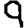
Digit: 9